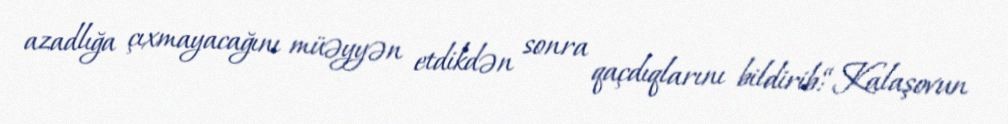
azadlığa çıxmayacağını müəyyən etdikdən sonra qaçdıqlarını bildirib:“Kalaşovun